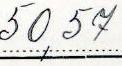
50,57